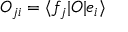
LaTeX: O _ { j i } = \langle f _ { j } | O | e _ { i } \rangle